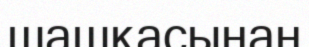
шашқасынан